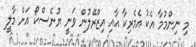
މި ނިންމުމާ އެކު އެމެރިކާ އާއި އިޒްރޭލުން ވަނީ ޔުނެސްކޯ އަށް މާލީ